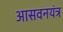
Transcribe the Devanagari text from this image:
आसवनयंत्र